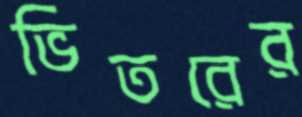
ভিতরের